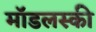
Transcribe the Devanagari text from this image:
मॉडलस्की